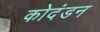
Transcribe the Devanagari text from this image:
कोदंडन